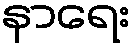
နာရေး